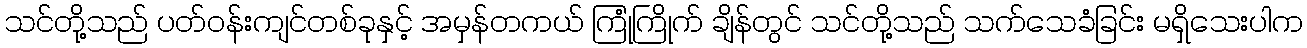
သင်တို့သည် ပတ်ဝန်းကျင်တစ်ခုနှင့် အမှန်တကယ် ကြုံကြိုက် ချိန်တွင် သင်တို့သည် သက်သေခံခြင်း မရှိသေးပါက